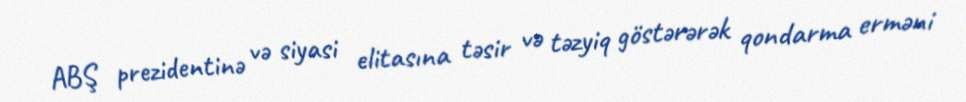
ABŞ prezidentinə və siyasi elitasına təsir və təzyiq göstərərək qondarma erməni